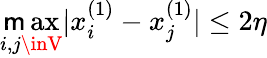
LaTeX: \operatorname*{\mathsf{m}ax}_{i,j\inV}|x_{i}^{(1)}-x_{j}^{(1)}|\leq2\eta